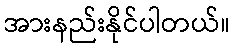
အားနည်းနိုင်ပါတယ်။